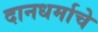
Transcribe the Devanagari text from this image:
दानधर्माचे